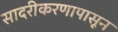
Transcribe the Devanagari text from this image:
सादरीकरणापासून